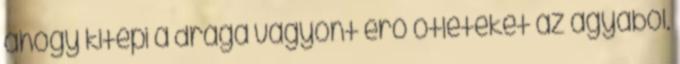
ahogy kitépi a drága vagyont érő ötleteket az agyából.